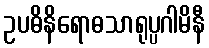
ဥပဓိနိရောဓသာရုပ္ပဂါမိနီ